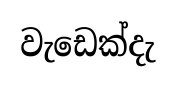
වැඩෙක්දැ